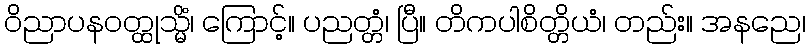
ဝိညာပနဝတ္ထုသ္မိံ၊ ကြောင့်။ ပညတ္တံ၊ ပြီ။ တိကပါစိတ္တိယံ၊ တည်း။ အနညေ၊